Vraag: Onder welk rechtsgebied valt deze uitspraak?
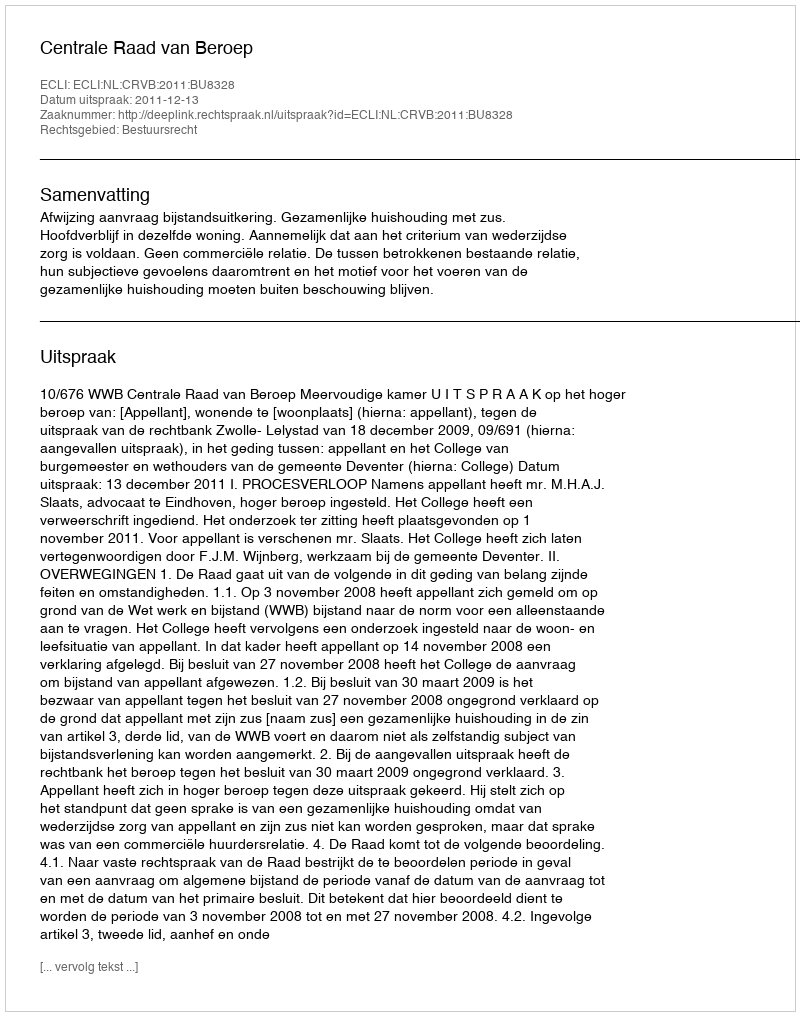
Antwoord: Bestuursrecht